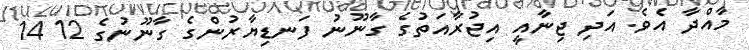
މާއްދާ އެވެ. އަދި ޖިނާއީ އިޖުރާއަތުގެ ގާނޫނު ފަނޑިޔާރުންގެ ގާނޫނުގެ 12 14